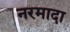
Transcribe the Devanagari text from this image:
नरमादा